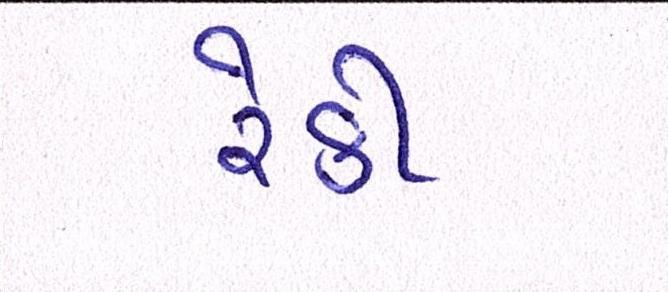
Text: રેકી